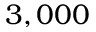
3 , 0 0 0